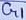
Text: G1